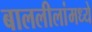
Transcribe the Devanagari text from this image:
बाललीलांमध्ये